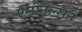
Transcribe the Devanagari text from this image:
एसीनेल्सन